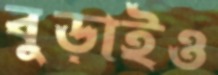
বুড়াইও